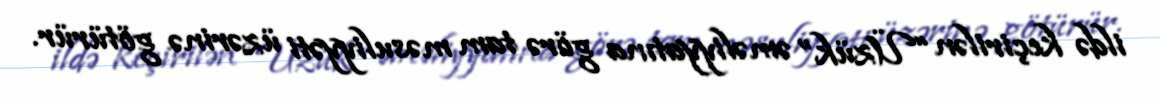
ildə keçirilən “Üzük” əməliyyatına görə tam məsuliyyəti üzərinə götürür.